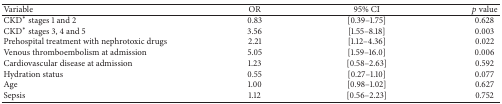
<table><thead><tr><td><b>Variable</b></td><td><b>OR</b></td><td><b>95% CI</b></td><td><b><i>p</i> value</b></td></tr></thead><tbody><tr><td>CKD<sup><i>∗</i></sup> stages 1 and 2</td><td>0.83</td><td>[0.39–1.75]</td><td>0.628</td></tr><tr><td>CKD<sup><i>∗</i></sup> stages 3, 4 and 5</td><td>3.56</td><td>[1.55–8.18]</td><td>0.003</td></tr><tr><td>Prehospital treatment with nephrotoxic drugs</td><td>2.21</td><td>[1.12–4.36]</td><td>0.022</td></tr><tr><td>Venous thromboembolism at admission</td><td>5.05</td><td>[1.59–16.0]</td><td>0.006</td></tr><tr><td>Cardiovascular disease at admission</td><td>1.23</td><td>[0.58–2.63]</td><td>0.592</td></tr><tr><td>Hydration status</td><td>0.55</td><td>[0.27–1.10]</td><td>0.077</td></tr><tr><td>Age</td><td>1.00</td><td>[0.98–1.02]</td><td>0.627</td></tr><tr><td>Sepsis</td><td>1.12</td><td>[0.56–2.23]</td><td>0.752</td></tr></tbody></table>